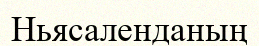
Ньясаленданың